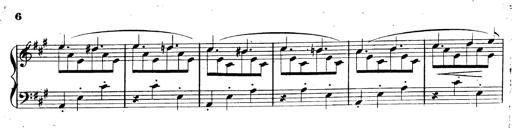
Title: 3 Caprices-Valses
Composer: Franz Liszt